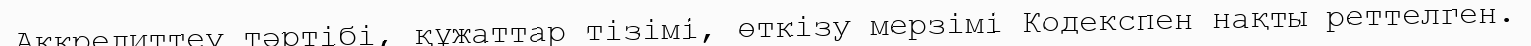
Аккредиттеу тәртібі, құжаттар тізімі, өткізу мерзімі Кодекспен нақты реттелген.